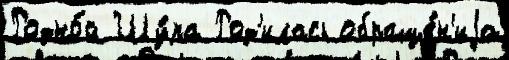
Родно́й Шу́ра Род'илась обраще́н'иjа